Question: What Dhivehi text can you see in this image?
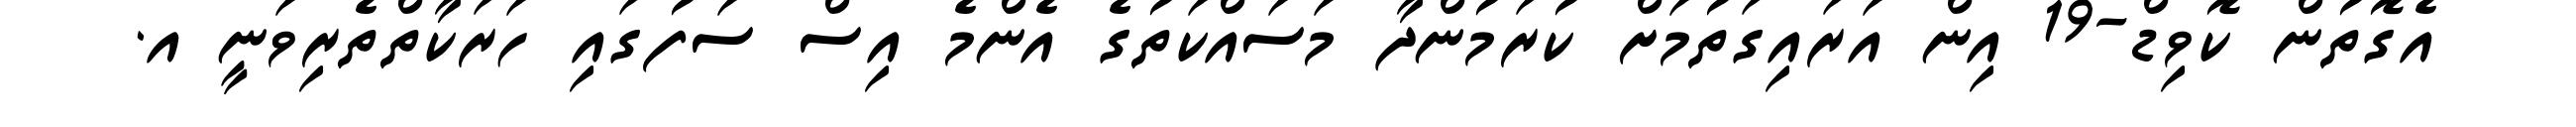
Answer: އެގޮތުން ކޮވިޑް-19 އިން އަރައިގަތުމަށް ކުރަމުންދާ މަސައްކަތުގެ އެންމެ އިސް ސަފުގައި ހަރަކާތްތެރިވަނީ އ.